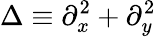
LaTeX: \Delta\equiv\partial_{x}^{2}+\partial_{y}^{2}